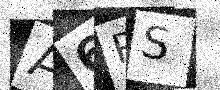
Text: A6PS